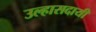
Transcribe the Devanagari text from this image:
उल्हासदायी